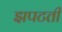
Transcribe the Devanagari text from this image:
झपटती